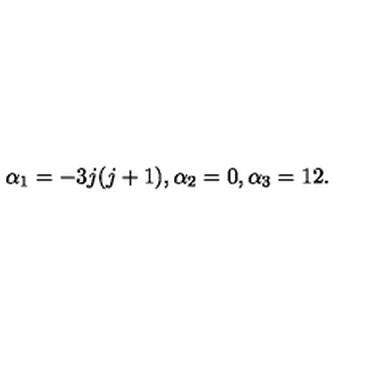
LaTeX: \alpha _ { 1 } = - 3 j ( j + 1 ) , \alpha _ { 2 } = 0 , \alpha _ { 3 } = 1 2 .